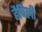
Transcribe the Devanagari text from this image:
हैपिली